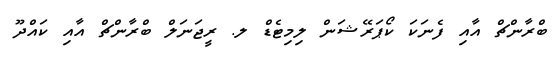
ބްރާންޗް އާއި ފެނަކަ ކޯޕަރޭޝަން ލިމިޓެޑް ލ. ރީޖަނަލް ބްރާންޗް އާއި ކައްދޫ